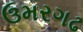
ઉમરગઢ